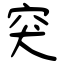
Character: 突